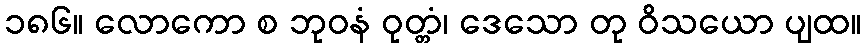
၁၈၆။ လောကော စ ဘုဝနံ ဝုတ္တံ၊ ဒေသော တု ဝိသယော ပျထ။